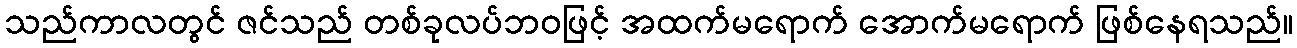
သည်ကာလတွင် ဇင်သည် တစ်ခုလပ်ဘဝဖြင့် အထက်မရောက် အောက်မရောက် ဖြစ်နေရသည်။